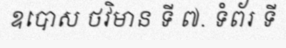
ឧបោស ថវិមាន ទី ៧. ទំព័រ ទី